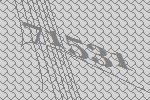
71531